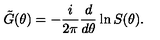
\tilde { G } ( \theta ) = - \frac { i } { 2 \pi } \frac { d } { d \theta } \ln S ( \theta ) .